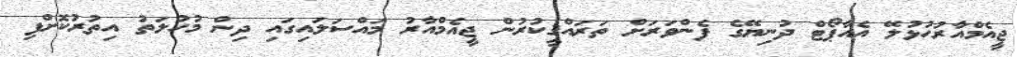
ޖީއެމްއާރުހުޅުލޭ އެއާޕޯޓް ދުނިޔޭގެ ފެންވަރަށް ތަރައްޤީކުރުން ޖީއެމްއާރު މައްސަލައިގައި ދިން މުހުލަތު އިތުރުކޮށްފި